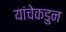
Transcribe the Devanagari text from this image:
यांचेकडुन